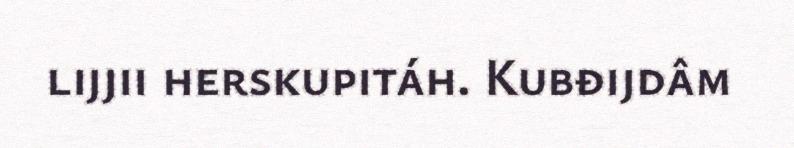
lijjii herskupitáh. Kubđijdâm